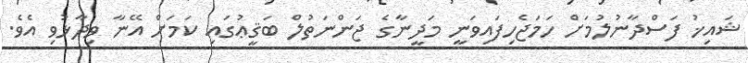
ޝައިޚު ފަސްދާނުލުމަށް ހަމަޖެހިފައިވަނީ މަދީނާގެ ޖަންނަތުލް ބަޤީޢުގައި ކަމަށް އޭނާ ވިދާޅުވި އެވެ.